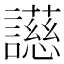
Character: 𬣐